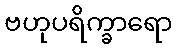
ဗဟုပရိက္ခာရော